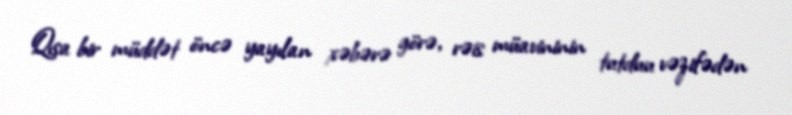
Qısa bir müddət öncə yayılan xəbərə görə, rəis müavininin tutduu vəzifədən